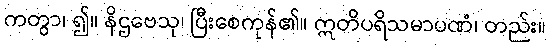
ကတွာ၊ ၍။ နိဌဗေသု၊ ပြီးစေကုန်၏။ ဣတိပရိသမာပဏံ၊ တည်း။